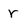
Character: r